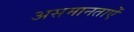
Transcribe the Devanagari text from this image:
असमानताऐं